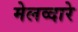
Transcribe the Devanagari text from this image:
मेलव्दारे